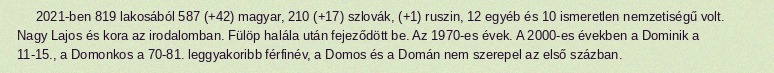
2021-ben 819 lakosából 587 (+42) magyar, 210 (+17) szlovák, (+1) ruszin, 12 egyéb és 10 ismeretlen nemzetiségű volt. Nagy Lajos és kora az irodalomban. Fülöp halála után fejeződött be. Az 1970-es évek. A 2000-es években a Dominik a 11-15., a Domonkos a 70-81. leggyakoribb férfinév, a Domos és a Domán nem szerepel az első százban.